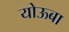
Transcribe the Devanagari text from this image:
योऊबा